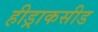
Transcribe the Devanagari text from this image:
हीड्राकसीड